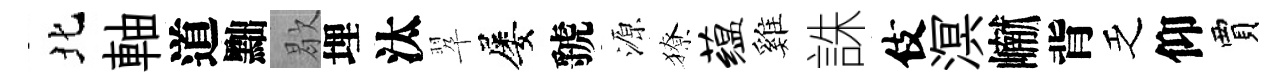
北軸道黜歇埋汰翆屡虢源獠蕴雞誅伎溟𪩘背乏仰賈